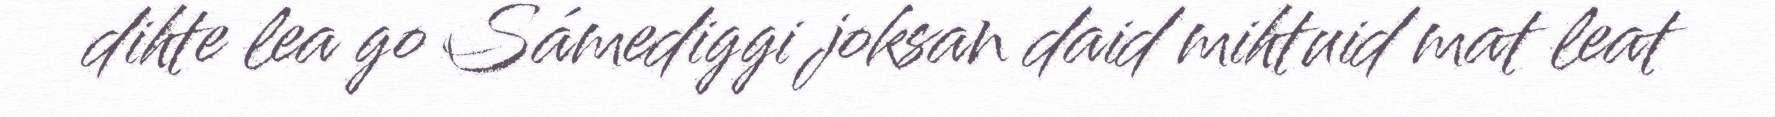
dihte lea go Sámediggi joksan daid mihtuid mat leat